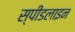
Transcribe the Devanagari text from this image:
स्पीडलाइन